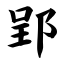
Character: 郢